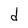
Character: d